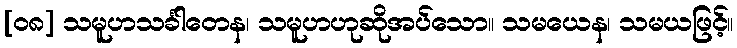
[၀၈] သမူဟသင်္ခါတေန၊ သမူဟဟုဆိုအပ်သော။ သမယေန၊ သမယဖြင့်။